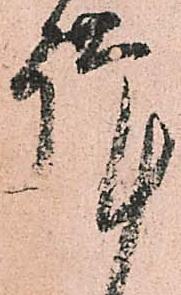
謹